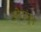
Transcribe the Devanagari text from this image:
ओठांतून